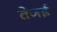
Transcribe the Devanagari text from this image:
तेजई